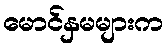
မောင်နှမများက